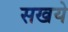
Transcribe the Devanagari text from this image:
सखये